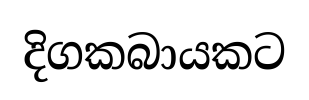
දිගකබායකට